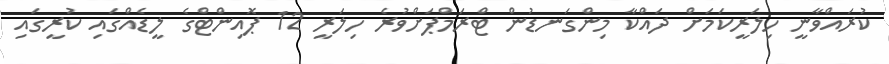
ކުރައްވާނީ ހިލަރީކަމަށް ދައްކާ މިންގަނޑުން ޓްރަމްޕަށްވުރެ ހިލަރީ 12 ޕޮއިންޓްގެ ލީޑެއްގައި ކުރީގައި